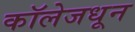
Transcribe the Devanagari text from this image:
कॉलेजधून